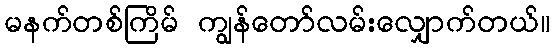
မနက်တစ်ကြိမ် ကျွန်တော်လမ်းလျှောက်တယ်။